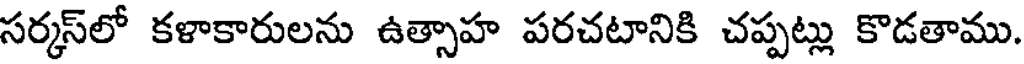
సర్మస్లో కళాకారులను ఉత్సాహ పరచటానికి చప్పట్లు కొడతాము.